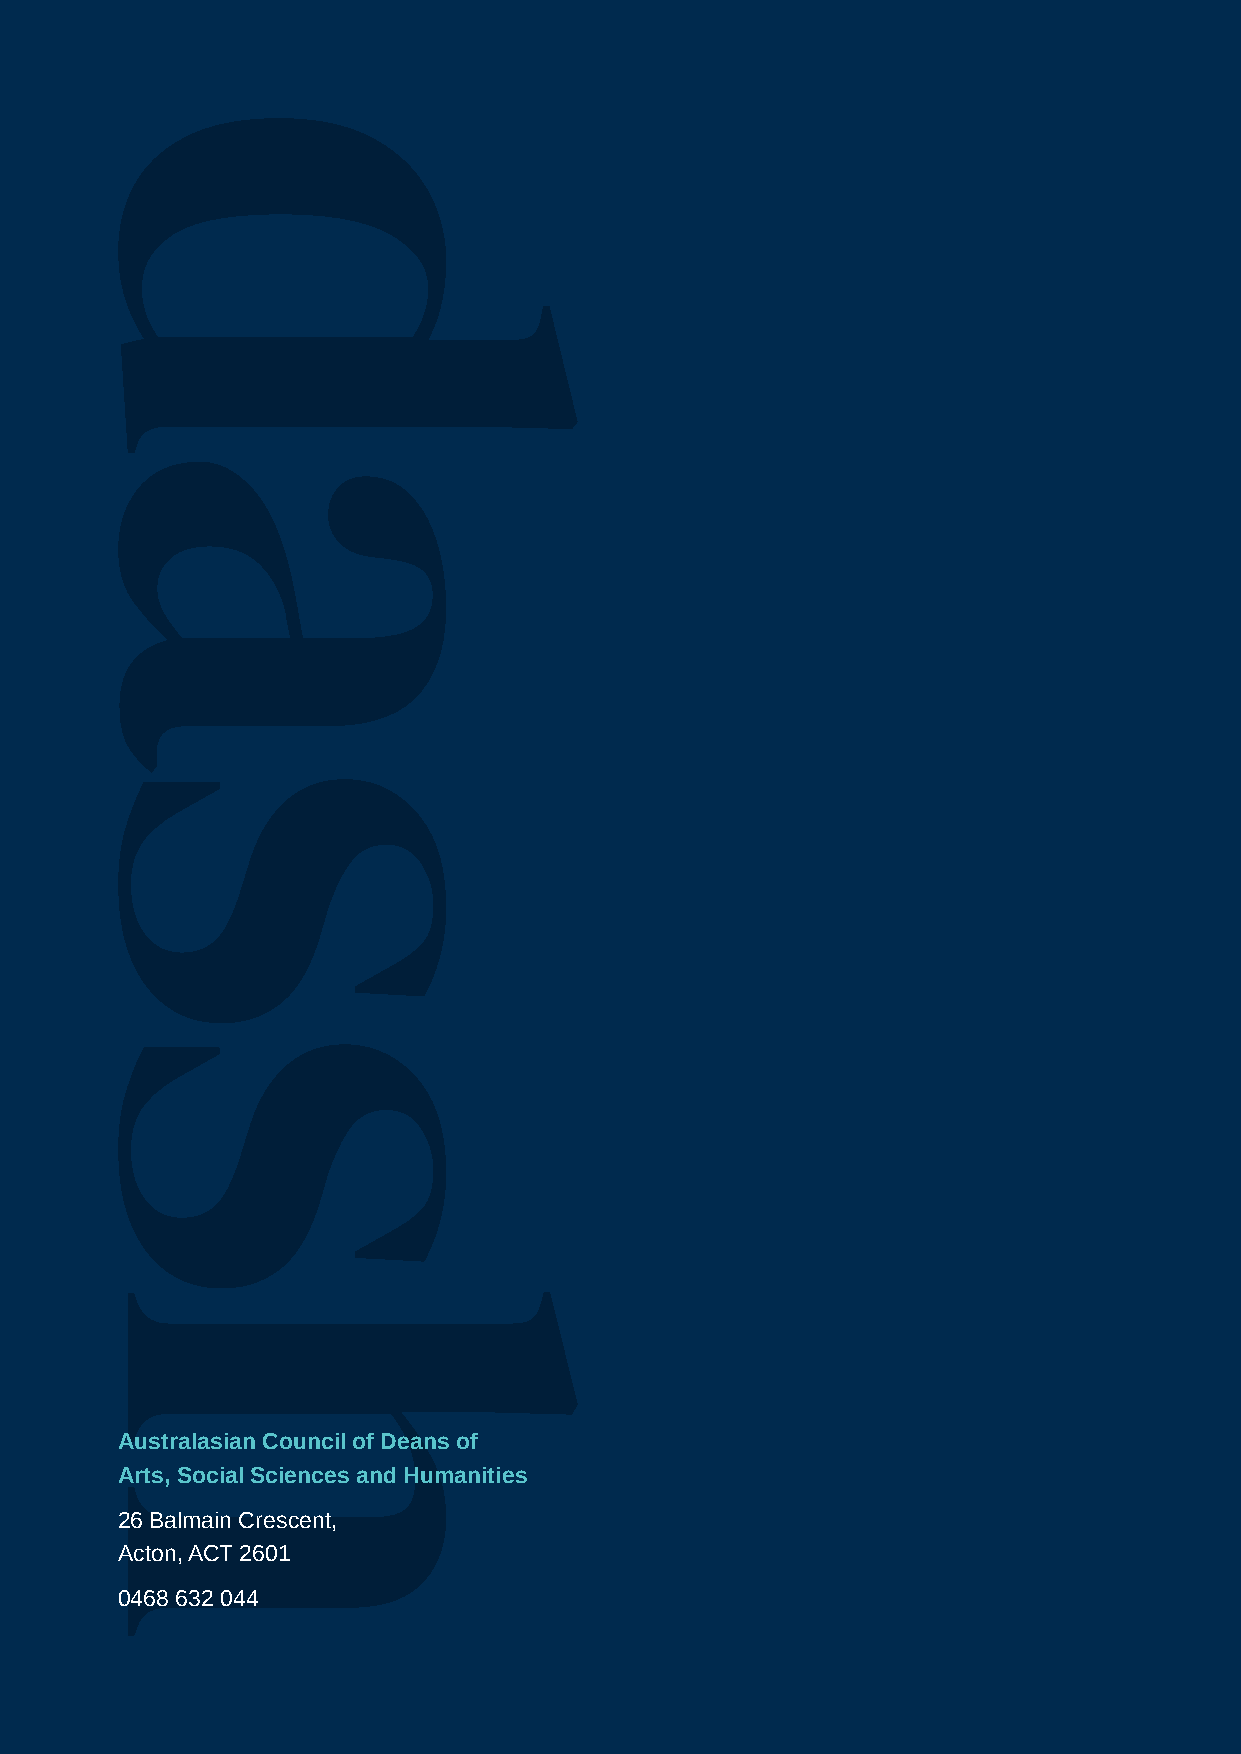
Australasian Council of Deans of
 Arts, Social Sciences and Humanities
 26 Balmain Crescent,
 Acton, ACT 2601
 0468 632 044
 DASSH Annual Report 2020–21                                      25